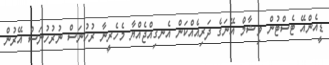
ޑީއެންއޭ ޓެސްޓުން ވިޝާމް އޭނަގެ ދަރިއެއްކަން އެނގިއްޖެއްޔާ މެހެރީނާ ރުހުނަސް ނުރުހުނަސް އޭރުން